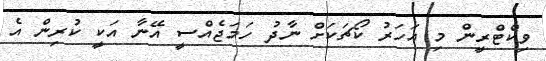
ވިކްޓްރީން މި އަހަރު ކޯޗަކަށް ނާދު ހަމަޖެއްސީ އޭނާ އަކީ ކުރިން އެ